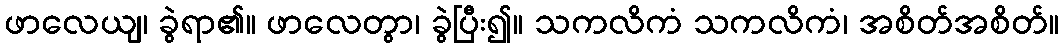
ဖာလေယျ၊ ခွဲရာ၏။ ဖာလေတွာ၊ ခွဲပြီး၍။ သကလိကံ သကလိကံ၊ အစိတ်အစိတ်။